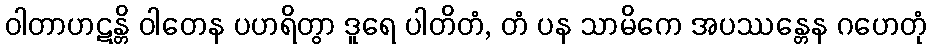
ဝါတာဟဋန္တိ ဝါတေန ပဟရိတွာ ဒူရေ ပါတိတံ, တံ ပန သာမိကေ အပဿန္တေန ဂဟေတုံ